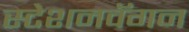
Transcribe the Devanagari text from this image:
स्टेशनवॅगन